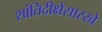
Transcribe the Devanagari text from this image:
शांतिदीक्षेसारखे